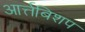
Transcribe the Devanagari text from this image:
आर्त्तबिशप